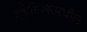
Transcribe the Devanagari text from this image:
गॅझेटिअरमधील